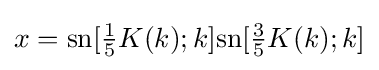
x={\text{sn}}[{\tfrac {1}{5}}K(k);k]{\text{sn}}[{\tfrac {3}{5}}K(k);k]